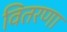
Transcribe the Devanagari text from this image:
वितरणा